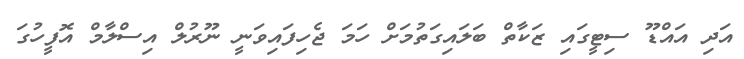
އަދި އައްޑޫ ސިޓީގައި ޒަކާތް ބަލައިގަތުމަށް ހަމަ ޖެހިފައިވަނީ ނޫރުލް އިސްލާމް އޮފީހުގަ